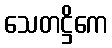
သေတဋ္ဌိကေ